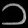
Digit: ၁